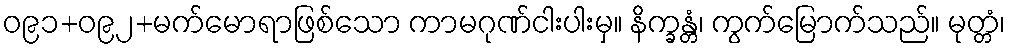
ဝ၉၁+ဝ၉၂+မက်မောရာဖြစ်သော ကာမဂုဏ်ငါးပါးမှ။ နိက္ခန္တံ၊ ကွက်မြောက်သည်။ မုတ္တံ၊